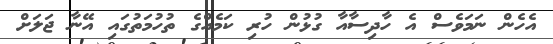
އެހެން ނަމަވެސް އެ ހާދިސާއާ ގުޅުން ހުރި ކަމެއްގެ ތުހުމަތުގައި އޭނާ ޖަލަށް